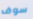
سوف